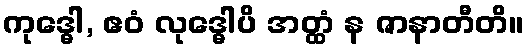
ကုဒ္ဓေါ, ဧဝံ လုဒ္ဓေါပိ အတ္ထံ န ဇာနာတီတိ။